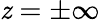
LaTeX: \mathit{z}=\pm\infty